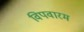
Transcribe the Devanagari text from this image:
विपवारम